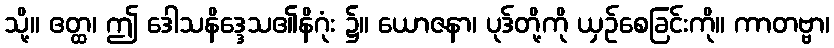
သို့။ ဧတ္ထ၊ ဤ ဒေါသနိဒ္ဒေသ၏နိဂုံး ၌။ ယောဇနာ၊ ပုဒ်တို့ကို ယှဉ်စေခြင်းကို။ ကာတဗ္ဗာ၊